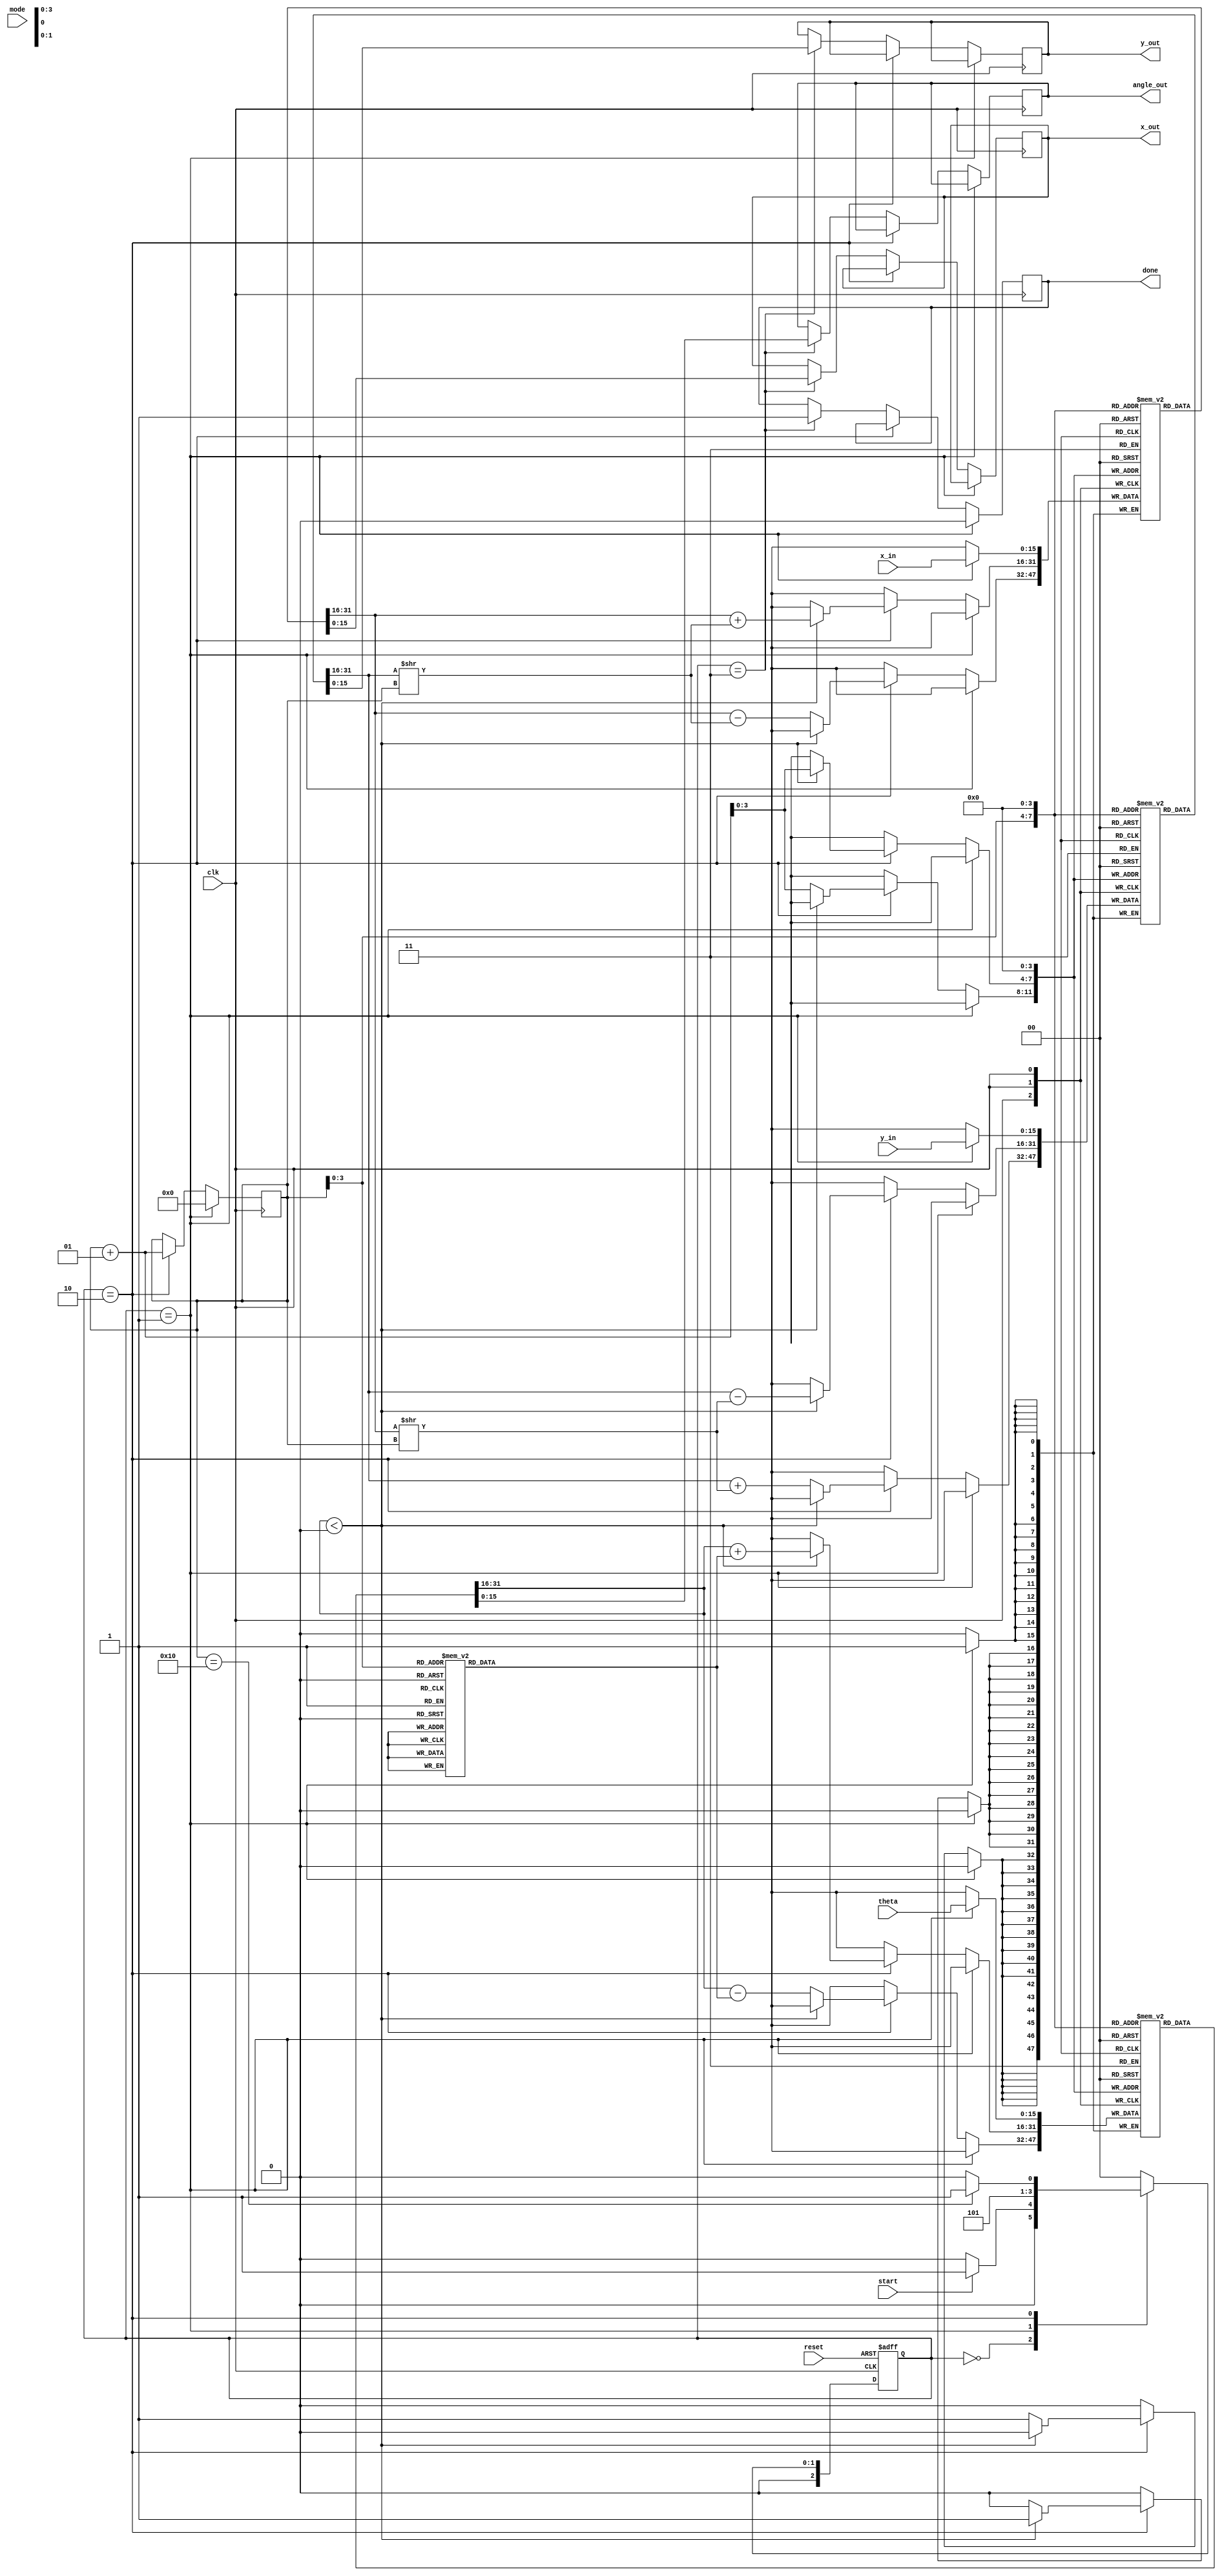
module unified_cordic (
    input wire clk,
    input wire reset,
    input wire start,
    input wire [15:0] x_in, // Fixed-point input for X
    input wire [15:0] y_in, // Fixed-point input for Y
    input wire [15:0] theta, // Angle input
    input wire mode, // Mode selection: 0 for rotation, 1 for vectoring
    output reg [15:0] x_out,
    output reg [15:0] y_out,
    output reg [15:0] angle_out, // Output angle for vectoring mode
    output reg done
);

    // CORDIC parameters
    parameter N = 16; // Number of iterations
    reg [15:0] x [0:N-1];
    reg [15:0] y [0:N-1];
    reg [15:0] z [0:N-1];
    reg [15:0] atan_table [0:N-1]; // Precomputed arctangent values

    integer i;
    reg [15:0] x_temp, y_temp, z_temp;

    // Initialize the arctangent table
    initial begin
        // Populate atan_table with precomputed values for arctangent
        // This is an example; replace with actual values
        atan_table[0] = 16'h26DD; // atan(0.5)
        atan_table[1] = 16'h1C71; // atan(0.25)
        // ... Fill in the rest for N iterations
    end

    // State machine for control
    reg [2:0] state, next_state;
    localparam IDLE = 3'b000, START = 3'b001, PROCESS = 3'b010, DONE = 3'b011;

    // State machine for control logic
    always @(posedge clk or posedge reset) begin
        if (reset) 
            state <= IDLE;
        else 
            state <= next_state;
    end

    always @(*) begin
        case (state)
            IDLE: next_state = start ? START : IDLE;
            START: next_state = PROCESS;
            PROCESS: next_state = (i == N) ? DONE : PROCESS;
            DONE: next_state = IDLE;
            default: next_state = IDLE;
        endcase
    end

    // CORDIC engine
    always @(posedge clk) begin
        if (state == START) begin
            // Load inputs
            x[0] <= x_in;
            y[0] <= y_in;
            z[0] <= theta;
            i <= 0;
            done <= 0;
        end else if (state == PROCESS) begin
            // CORDIC iterations
            x_temp = x[i];
            y_temp = y[i];
            z_temp = z[i];

            if (z_temp < 0) begin
                x[i + 1] <= x_temp + (y_temp >> i);
                y[i + 1] <= y_temp - (x_temp >> i);
                z[i + 1] <= z_temp + atan_table[i];
            end else begin
                x[i + 1] <= x_temp - (y_temp >> i);
                y[i + 1] <= y_temp + (x_temp >> i);
                z[i + 1] <= z_temp - atan_table[i];
            end

            // Increment iteration counter
            i <= i + 1;
        end else if (state == DONE) begin
            // Output results
            x_out <= x[N];
            y_out <= y[N];
            angle_out <= z[N]; // For vectoring mode
            done <= 1;
        end
    end

endmodule